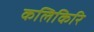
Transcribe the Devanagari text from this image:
कलिकिरि